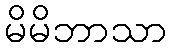
မိမိဘာသာ